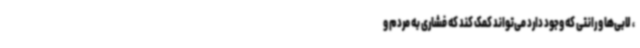
، لابی‌ها و رانتی که وجود دارد می‌تواند کمک کند که فشاری به مردم و